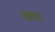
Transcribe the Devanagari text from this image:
जयः